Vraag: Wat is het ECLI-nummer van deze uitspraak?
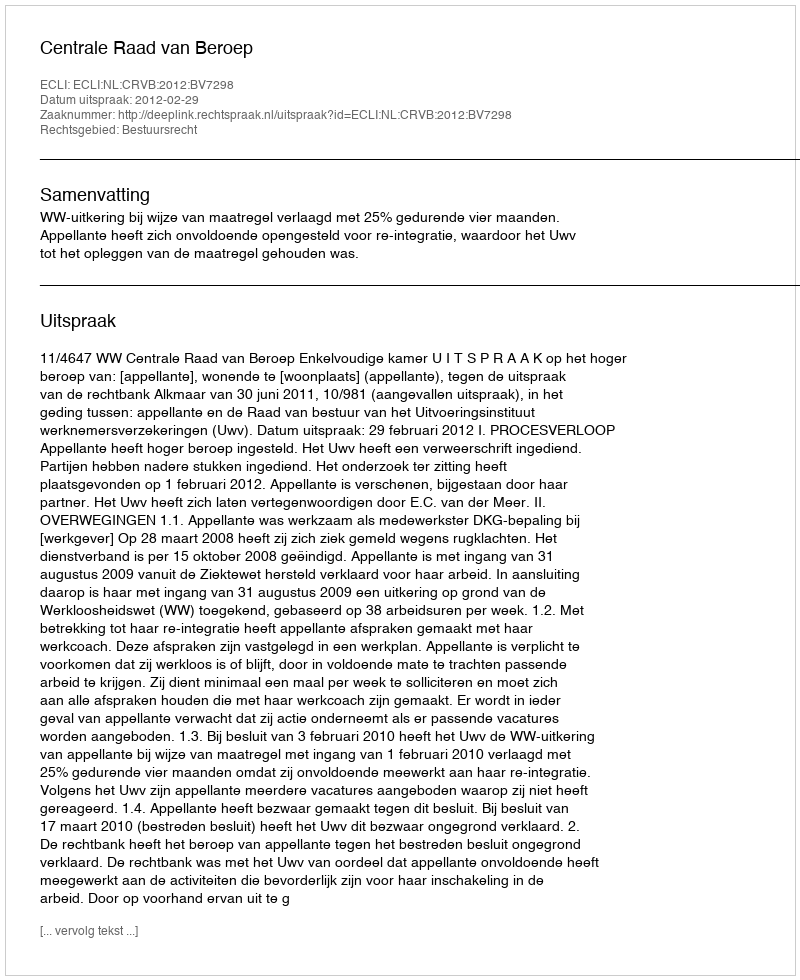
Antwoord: ECLI:NL:CRVB:2012:BV7298